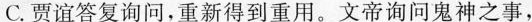
C.贾谊答复询问，重新得到重用。文帝询问鬼神之事，